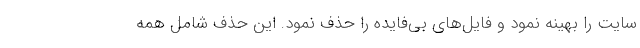
سایت را بهینه نمود و فایل‌های بی‌فایده را حذف نمود. این حذف شامل همه